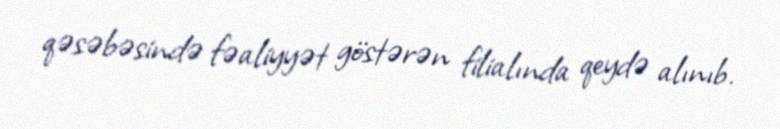
qəsəbəsində fəaliyyət göstərən filialında qeydə alınıb.